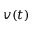
v ( t )